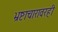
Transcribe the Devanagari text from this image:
भ्रष्टाचारावरही